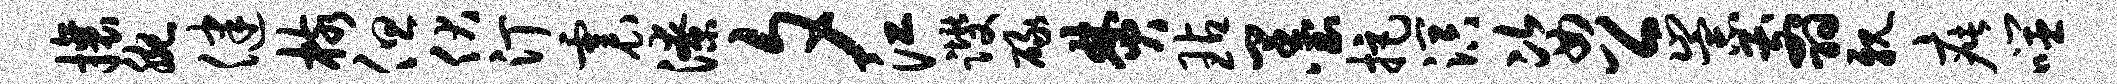
攘腕健核但伏汀震潦夕江躞碌焚玷墨拒溟姿公崇翦亲疵噬